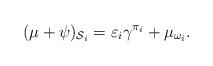
LaTeX: \begin{align*} (\mu+\psi)_{\mathcal{S}_i} &=\varepsilon_i \gamma^{\pi_i}+\mu_{\omega_i}. \end{align*}